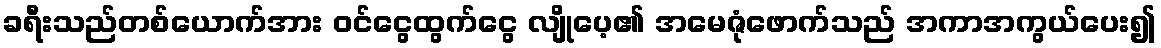
ခရီးသည်တစ်ယောက်အား ဝင်ငွေထွက်ငွေ လျိုပေ့၏ အမေဇုံဖောက်သည် အကာအကွယ်ပေး၍